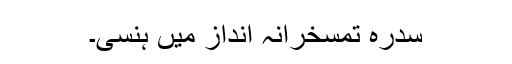
سدرہ تمسخرانہ انداز میں ہنسی۔